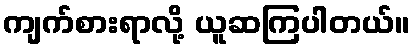
ကျက်စားရာလို့ ယူဆကြပါတယ်။